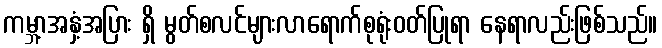
ကမ္ဘာ့အနှံ့အပြား ရှိ မွတ်စလင်များလာရောက်စုရုံးဝတ်ပြုရာ နေရာလည်းဖြစ်သည်။